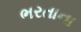
ભરતાના